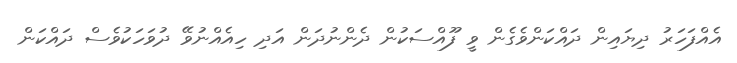
އެއްފަހަރު ދިޔައިން ދައްކަންވެގެން ވީ ފޫއްސަކުން ދެންނުދަން އަދި ހިއެއްނުވޭ ދުވަހަކުވެސް ދައްކަން